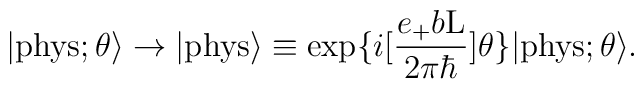
|{\rm phys}; \theta \rangle  \rightarrow|{\rm phys}\rangle \equiv \exp\{i[\frac{e_{+}b{\rm L}}{2{\pi}{\hbar}}] \theta\} |{\rm phys};\theta \rangle.